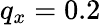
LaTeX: q_{x}=0.2